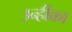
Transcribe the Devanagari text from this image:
उन्हींका